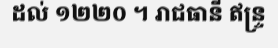
ដល់ ១២២០ ។ រាជធានី ឥន្ទ្រ